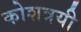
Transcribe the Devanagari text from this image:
कोशत्रयी